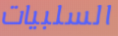
السلبيات